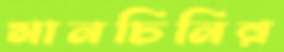
মানচিনির